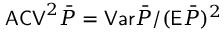
\mathsf { A C V } ^ { 2 } \bar { P } = \mathsf { V a r } \bar { P } / ( \mathsf E \bar { P } ) ^ { 2 }